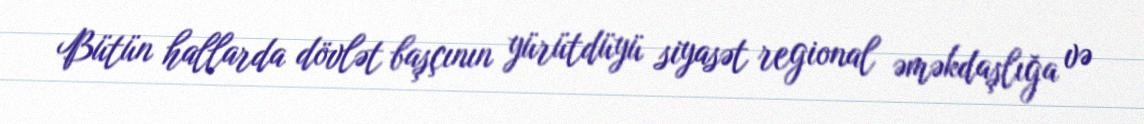
Bütün hallarda dövlət başçının yürütdüyü siyasət regional əməkdaşlığa və